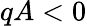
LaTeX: qA<0